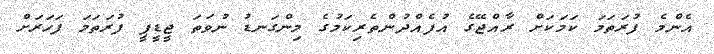
އެންމެ ފުރަތަމަ ކަމަކަށް ރާއްޖޭގެ އުފެއްދުންތެރިކަމުގެ މިންގަނޑު ނުވަތަ ޖީޑީޕީ ފުރަތަމަ ފަހަރަށް